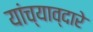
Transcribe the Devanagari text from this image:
यांच्याव्दारे